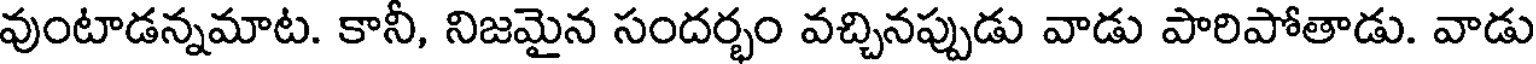
వుంటాడన్నమాట. కానీ, నిజమైన సందర్భం వచ్చినప్పుడు వాడు పారిపోతాడు. వాడు